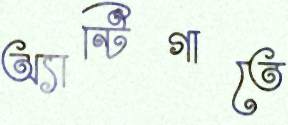
অ্যান্টিগাতে